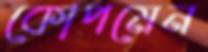
কোপমেন